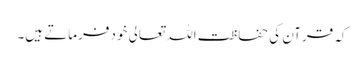
کہ قرآن کی حفاظت اللہ تعالی خود فرماتے ہیں۔